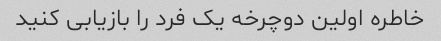
خاطره اولین دوچرخه یک فرد را بازیابی کنید